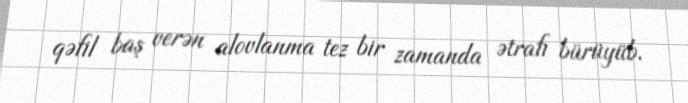
qəfil baş verən alovlanma tez bir zamanda ətrafı bürüyüb.